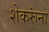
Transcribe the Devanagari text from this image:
शेकरूंना